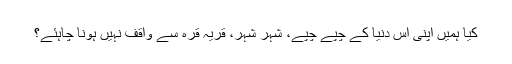
کیا ہمیں اپنی اس دنیا کے چپے چپے، شہر شہر، قریہ قرہ سے واقف نہیں ہونا چاہئے؟